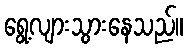
ရွေ့လျားသွားနေသည်။